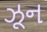
ઝૂન